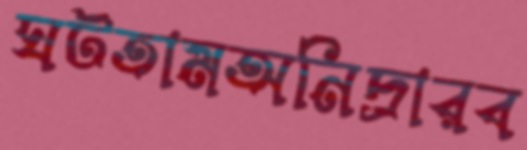
ঘটতামঅনিদ্রারব